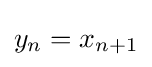
y_{n}=x_{n+1}